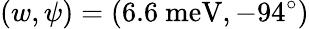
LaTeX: (w,\psi)=(6.6\ \mathrm{meV},-94^{\circ})